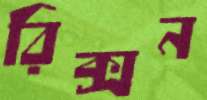
রিক্সন